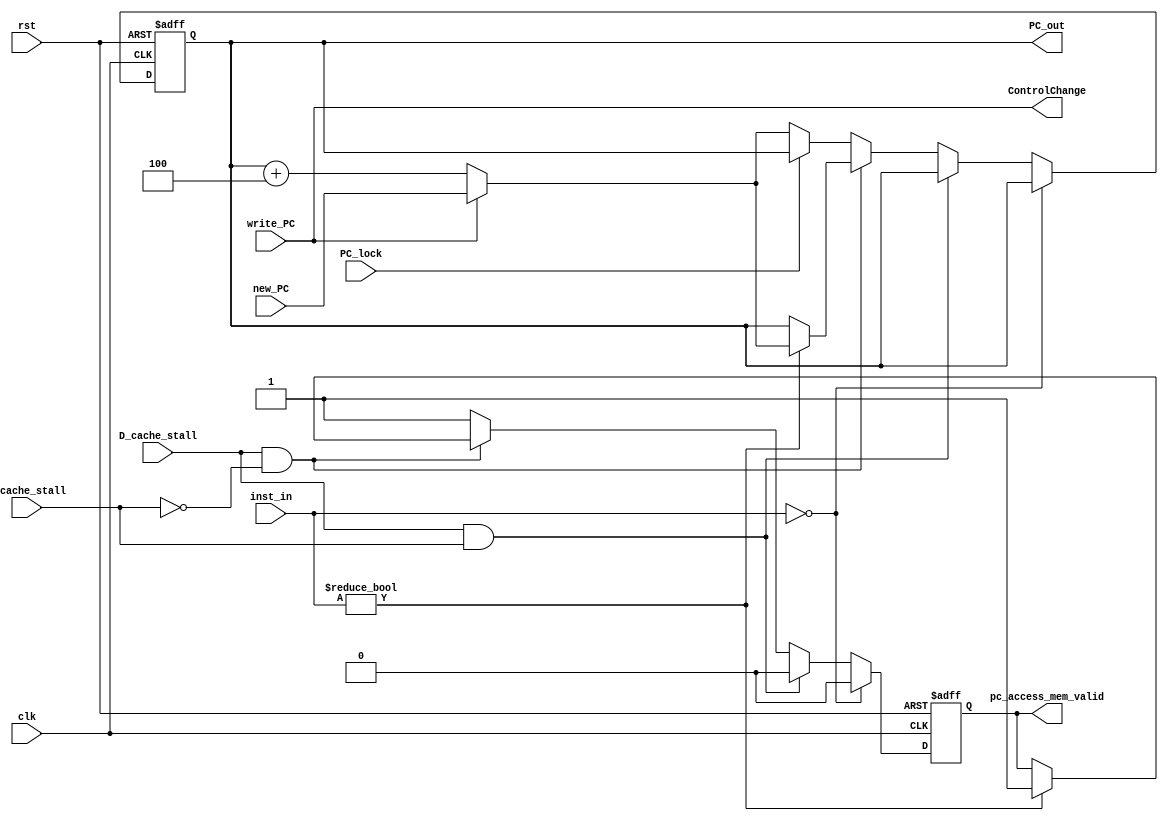
`timescale 1ns / 1ps
//////////////////////////////////////////////////////////////////////////////////
// Company: 
// Engineer: 
// 
// Design Name: 
// Module Name: PC
// Project Name: 
// Target Devices: 
// Tool Versions: 
// Description: 
// 
// Dependencies: 
// 
// Revision:
// Revision 0.01 - File Created
// Additional Comments:
// 
//////////////////////////////////////////////////////////////////////////////////


module PC(
input clk,
input rst,
input [31:0] inst_in,
input D_cache_stall,
input I_cache_stall,
input PC_lock,
input write_PC,
input [31:0] new_PC,
output [31:0] PC_out,
output ControlChange,
output pc_access_mem_valid
    );

reg [31:0] PC;
reg valid;

always @ (posedge clk or posedge rst)
begin
        if(rst)
        begin
            PC <= 32'b0;
            valid <= 1'b1;
        end
        else
        begin
            if(inst_in == 32'b0)
            begin
                PC <= PC;
                valid <= 1'b0;
            end
            else if(D_cache_stall && I_cache_stall)
            begin
                PC <= PC;
                valid <= 1'b0;
            end
            
            else if(D_cache_stall && (!I_cache_stall))
            begin
                if(inst_in != 32'b0)
                begin
                    if(write_PC)
                    begin
                        PC <= new_PC;
                        valid <= 1'b1;
                    end
                    else
                    begin
                        PC <= PC + 32'h4;
                        valid <= 1'b1;
                    end
                 end
            end
            
            else if(PC_lock)
            begin
                PC <= PC;
                valid <= 1'b1;
            end
            else if(write_PC)
            begin
                PC <= new_PC;
                valid <= 1'b1;
            end
            else
            begin
                PC <= PC + 32'h4;
                valid <= 1'b1;
            end
         end
end    

assign PC_out = PC;
assign ControlChange = write_PC;
assign pc_access_mem_valid = valid;
endmodule